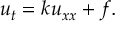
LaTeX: u _ { t } = k u _ { x x } + f .